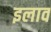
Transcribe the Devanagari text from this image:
इलाव